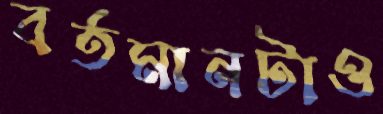
বর্তমানটাও